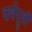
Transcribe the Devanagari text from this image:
वर्षपूर्वी